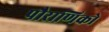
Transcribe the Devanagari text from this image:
पौराणिको